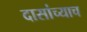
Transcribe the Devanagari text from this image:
दासांच्याच